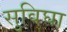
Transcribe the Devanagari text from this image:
सुविघा